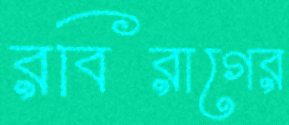
রবিরাগের